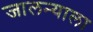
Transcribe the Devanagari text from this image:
जालन्याला